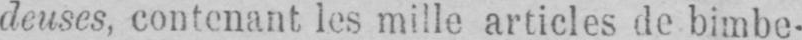
deuses, contenant les mille articles de bimbe-